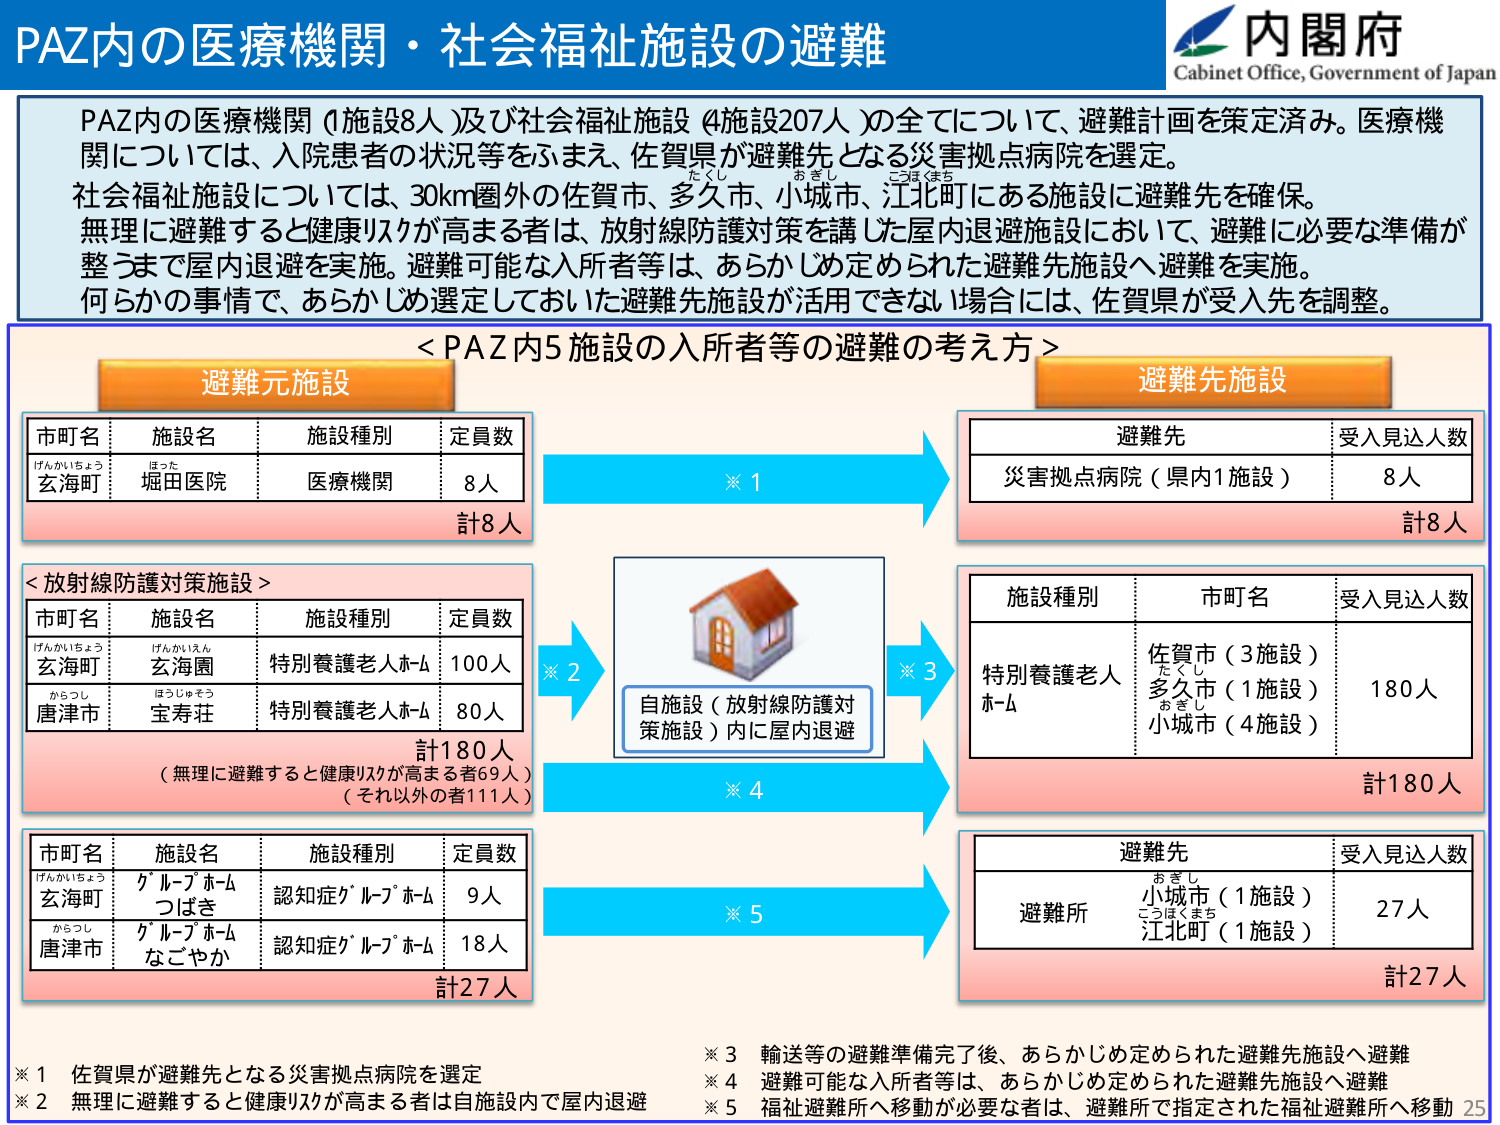
PAZ内の医療機関・社会福祉施設の避難

内閣府
Cabinet Office, Government of Japan

PAZ内の医療機関（1施設8人）及び社会福祉施設（4施設207人）の全てについて、避難計画を策定済み。医療機関については、入院患者の状況等をふまえ、佐賀県が避難先となる災害拠点病院を選定。
社会福祉施設については、30km圏外の佐賀市、多久市、小城市、江北町にある施設に避難先を確保。
無理に避難すると健康リスクが高まる者は、放射線防護対策を講じた屋内退避施設において、避難に必要な準備が整うまで屋内退避を実施。避難可能な入所者等は、あらかじめ定められた避難先施設へ避難を実施。
何らかの事情で、あらかじめ選定しておいた避難先施設が活用できない場合には、佐賀県が受入先を調整。

＜PAZ内5施設の入所者等の避難の考え方＞

避難元施設
市町名　施設名　施設種別　定員数
げんかいちょう　ほった　　医療機関　8人
玄海町　堀田医院
計8人

避難先施設
避難先　受入見込人数
災害拠点病院（県内1施設）　8人
計8人

＜放射線防護対策施設＞
市町名　施設名　施設種別　定員数
げんかいちょう　げんかいえん　特別養護老人ホーム　100人
玄海町　玄海園
からつし　ほうじゅそう　特別養護老人ホーム　80人
唐津市　宝寿荘
計180人
（無理に避難すると健康リスクが高まる者69人）
（それ以外の者111人）

※1
※2

自施設（放射線防護対策施設）内に屋内退避

※3
※4

施設種別　市町名　受入見込人数
特別養護老人ホーム　佐賀市（3施設）　180人
　　　　　　　　　多久市（1施設）
　　　　　　　　　小城市（4施設）
計180人

市町名　施設名　施設種別　定員数
げんかいちょう　グループホーム　認知症グループホーム　9人
玄海町　つばき
からつし　グループホーム　認知症グループホーム　18人
唐津市　なごやか
計27人

※5

避難先　受入見込人数
避難所　小城市（1施設）　27人
　　　江北町（1施設）
計27人

※1 佐賀県が避難先となる災害拠点病院を選定
※2 無理に避難すると健康リスクが高まる者は自施設内で屋内退避
※3 輸送等の避難準備完了後、あらかじめ定められた避難先施設へ避難
※4 避難可能な入所者等は、あらかじめ定められた避難先施設へ避難
※5 福祉避難所へ移動が必要な者は、避難所で指定された福祉避難所へ移動

25